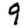
Digit: 9